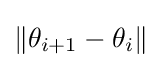
\|\theta _{i+1}-\theta _{i}\|